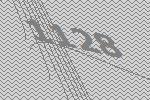
1128